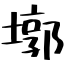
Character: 墎